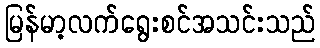
မြန်မာ့လက်ရွေးစင်အသင်းသည်